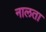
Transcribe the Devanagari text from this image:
नालता